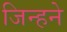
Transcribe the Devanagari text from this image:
जिन्हने